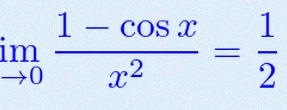
\lim_{x\to0}\frac{1-\cos x}{x^2}=\frac12